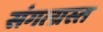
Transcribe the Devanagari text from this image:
संगत्ग्रस्त